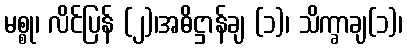
မစ္စု၊ လိင်ပြန် (၂)၊အဓိဋ္ဌာန်ချ (၁)၊ သိက္ခာချ(၁)၊